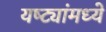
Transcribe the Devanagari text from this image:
यष्ट्यांमध्ये